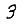
Digit: 3